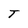
Character: T